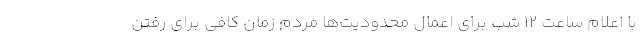
با اعلام ساعت ۱۲ شب برای اعمال محدودیت‌ها مردم زمان کافی برای رفتن